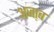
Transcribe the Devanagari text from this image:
अजा़ब